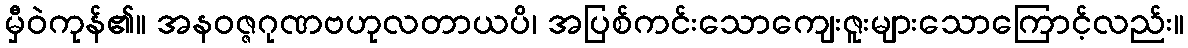
မှီဝဲကုန်၏။ အနဝဇ္ဇဂုဏဗဟုလတာယပိ၊ အပြစ်ကင်းသောကျေးဇူးများသောကြောင့်လည်း။